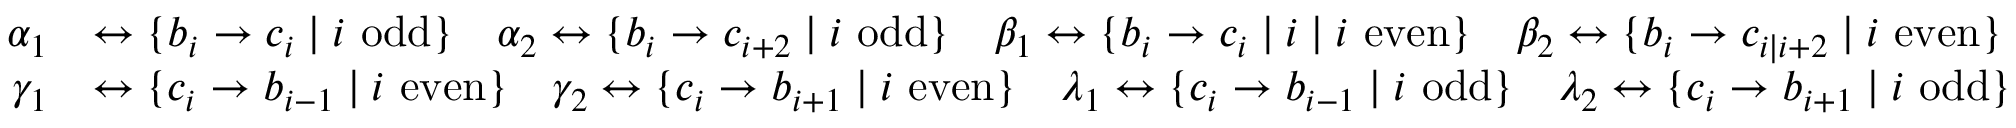
\begin{array} { r l } { \alpha _ { 1 } } & { \leftrightarrow \{ b _ { i } \to c _ { i } \mid i \mathrm { ~ o d d } \} \quad \alpha _ { 2 } \leftrightarrow \{ b _ { i } \to c _ { i + 2 } \mid i \mathrm { ~ o d d } \} \quad \beta _ { 1 } \leftrightarrow \{ b _ { i } \to c _ { i } \mid i \mid i \mathrm { ~ e v e n } \} \quad \beta _ { 2 } \leftrightarrow \{ b _ { i } \to c _ { i \mid i + 2 } \mid i \mathrm { ~ e v e n } \} } \\ { \gamma _ { 1 } } & { \leftrightarrow \{ c _ { i } \to b _ { i - 1 } \mid i \mathrm { ~ e v e n } \} \quad \gamma _ { 2 } \leftrightarrow \{ c _ { i } \to b _ { i + 1 } \mid i \mathrm { ~ e v e n } \} \quad \lambda _ { 1 } \leftrightarrow \{ c _ { i } \to b _ { i - 1 } \mid i \mathrm { ~ o d d } \} \quad \lambda _ { 2 } \leftrightarrow \{ c _ { i } \to b _ { i + 1 } \mid i \mathrm { ~ o d d } \} } \end{array}